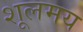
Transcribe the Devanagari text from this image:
शूलमय